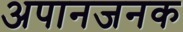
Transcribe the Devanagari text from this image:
अपानजनक